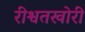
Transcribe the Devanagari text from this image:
रीश्वतखोरी